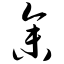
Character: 参